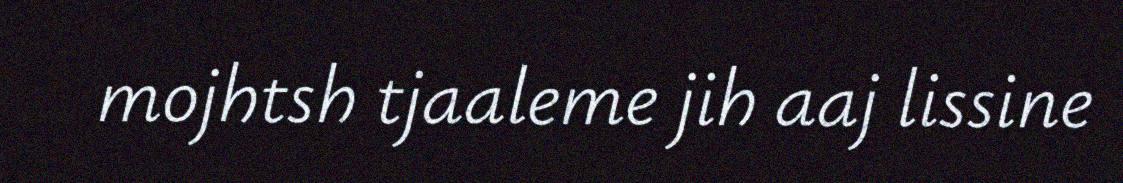
mojhtsh tjaaleme jih aaj lissine